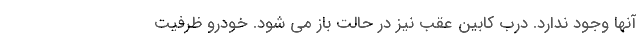
آنها وجود ندارد. درب کابین عقب نیز در حالت باز می شود. خودرو ظرفیت